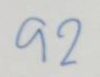
92